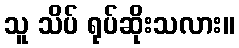
သူ သိပ် ရုပ်ဆိုးသလား။